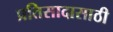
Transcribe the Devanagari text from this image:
प्रतिसादासाठी